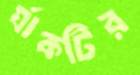
র‍্যাকটির